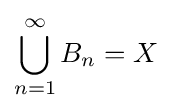
\bigcup _{n=1}^{\infty }B_{n}=X